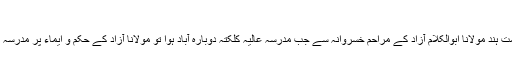
شیخ الحدیث والتفسیر:
۱۹۴۹/ میں وزیرِ تعلیم حکومتِ ہند مولانا ابوالکلام آزاد کے مراحم خسروانہ سے جب مدرسہ عالیہ کلکتہ دوبارہ آباد ہوا تو مولانا آزاد کے حکم و ایماء پر مدرسہ عالیہ کلکتہ تشریف لے گئے۔